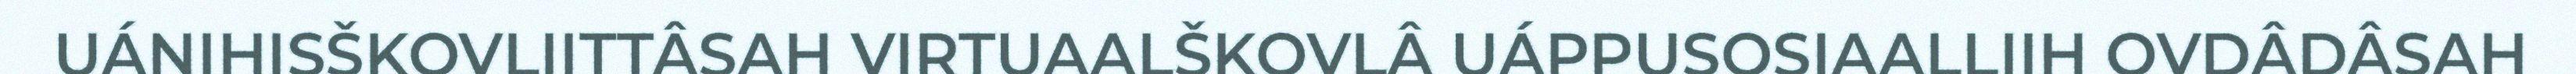
UÁNIHISŠKOVLIITTÂSAH VIRTUAALŠKOVLÂ UÁPPUSOSIAALLIIH OVDÂDÂSAH